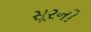
સૂરનો